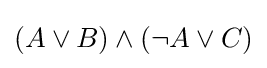
(A\lor B)\land (\lnot A\lor C)